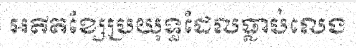
អតីតខ្សែប្រយុទ្ធដែលធ្លាប់លេង